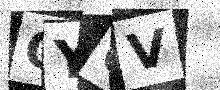
Text: QY0V